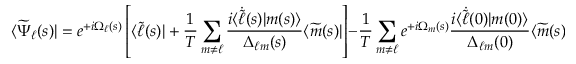
\langle \widetilde { \Psi } _ { \ell } ( s ) | = e ^ { + i \Omega _ { \ell } ( s ) } \left[ \langle \widetilde { \ell } ( s ) | + \frac { 1 } { T } \sum _ { m \neq \ell } \frac { i \langle \dot { \widetilde { \ell } } ( s ) | m ( s ) \rangle } { \Delta _ { \ell m } ( s ) } \langle \widetilde { m } ( s ) | \right] - \frac { 1 } { T } \sum _ { m \neq \ell } e ^ { + i \Omega _ { m } ( s ) } \frac { i \langle \dot { \widetilde { \ell } } ( 0 ) | m ( 0 ) \rangle } { \Delta _ { \ell m } ( 0 ) } \langle \widetilde { m } ( s ) | .